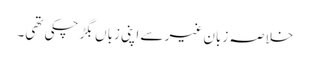
خلاصہ زبانِ غیر سے اپنی زباں بگڑ چکی تھی۔